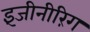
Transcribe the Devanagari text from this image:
इंजीनीरिंग